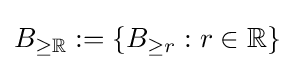
B_{\geq \mathbb {R} }:=\left\{B_{\geq r}:r\in \mathbb {R} \right\}